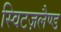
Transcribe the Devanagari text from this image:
स्विटज़लैण्ड